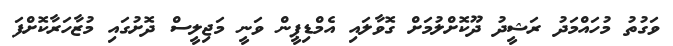
ވަގުތު މުހައްމަދު ރަޝީދު ދޫކޮށްލުމަށް ގޮވާލައި އެމްޑިޕީން ވަނީ މަޖިލީސް ދޮށުގައި މުޒާހަރާކޮށްފަ